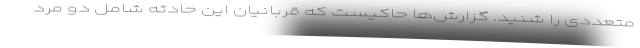
متعددی را شنید. گزارش‌ها حاکیست که قربانیان این حادثه شامل دو مرد